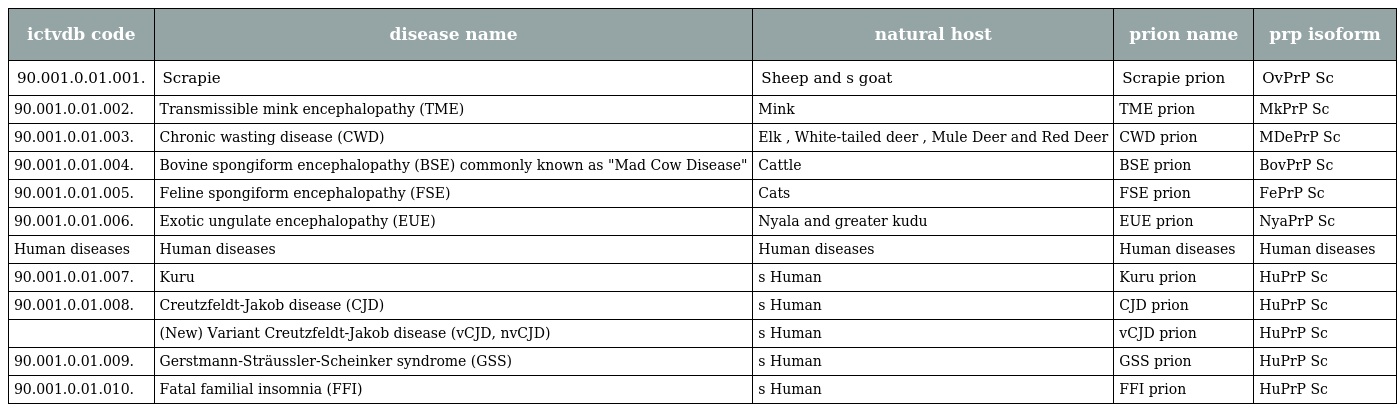
| ictvdb code | disease name | natural host | prion name | prp isoform |
 | --- | --- | --- | --- | --- |
 | 90.001.0.01.001. | Scrapie | Sheep and s goat | Scrapie prion | OvPrP Sc |
 | 90.001.0.01.002. | Transmissible mink encephalopathy (TME) | Mink | TME prion | MkPrP Sc |
 | 90.001.0.01.003. | Chronic wasting disease (CWD) | Elk , White-tailed deer , Mule Deer and Red Deer | CWD prion | MDePrP Sc |
 | 90.001.0.01.004. | Bovine spongiform encephalopathy (BSE) commonly known as "Mad Cow Disease" | Cattle | BSE prion | BovPrP Sc |
 | 90.001.0.01.005. | Feline spongiform encephalopathy (FSE) | Cats | FSE prion | FePrP Sc |
 | 90.001.0.01.006. | Exotic ungulate encephalopathy (EUE) | Nyala and greater kudu | EUE prion | NyaPrP Sc |
 | Human diseases | Human diseases | Human diseases | Human diseases | Human diseases |
 | 90.001.0.01.007. | Kuru | s Human | Kuru prion | HuPrP Sc |
 | 90.001.0.01.008. | Creutzfeldt-Jakob disease (CJD) | s Human | CJD prion | HuPrP Sc |
 |  | (New) Variant Creutzfeldt-Jakob disease (vCJD, nvCJD) | s Human | vCJD prion | HuPrP Sc |
 | 90.001.0.01.009. | Gerstmann-Sträussler-Scheinker syndrome (GSS) | s Human | GSS prion | HuPrP Sc |
 | 90.001.0.01.010. | Fatal familial insomnia (FFI) | s Human | FFI prion | HuPrP Sc |